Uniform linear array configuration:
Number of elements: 12
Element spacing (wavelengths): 0.75
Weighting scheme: uniform
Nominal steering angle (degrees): -45
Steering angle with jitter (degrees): -45.71
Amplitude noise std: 0.05
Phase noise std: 0.05

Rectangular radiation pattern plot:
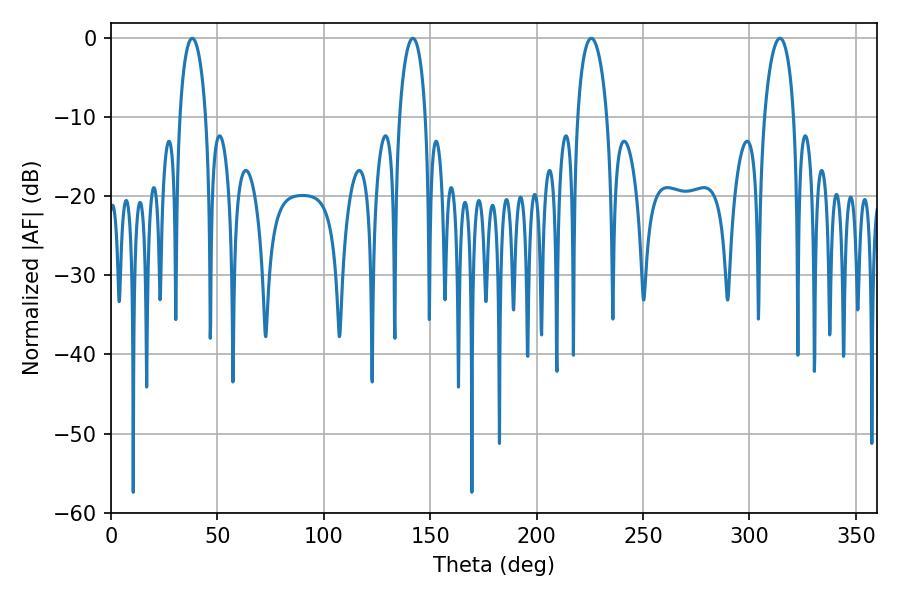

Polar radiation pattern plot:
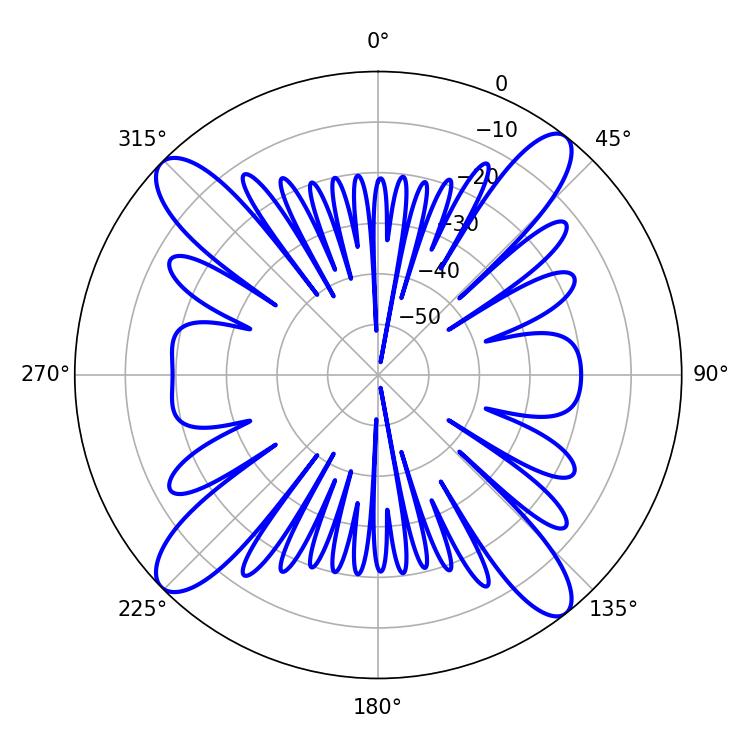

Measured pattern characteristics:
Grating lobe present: TRUE
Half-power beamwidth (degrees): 7.02
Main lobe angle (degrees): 38.16